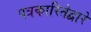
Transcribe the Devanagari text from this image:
पत्रकारितेद्वारे